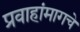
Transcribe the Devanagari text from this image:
प्रवाहांमागचे